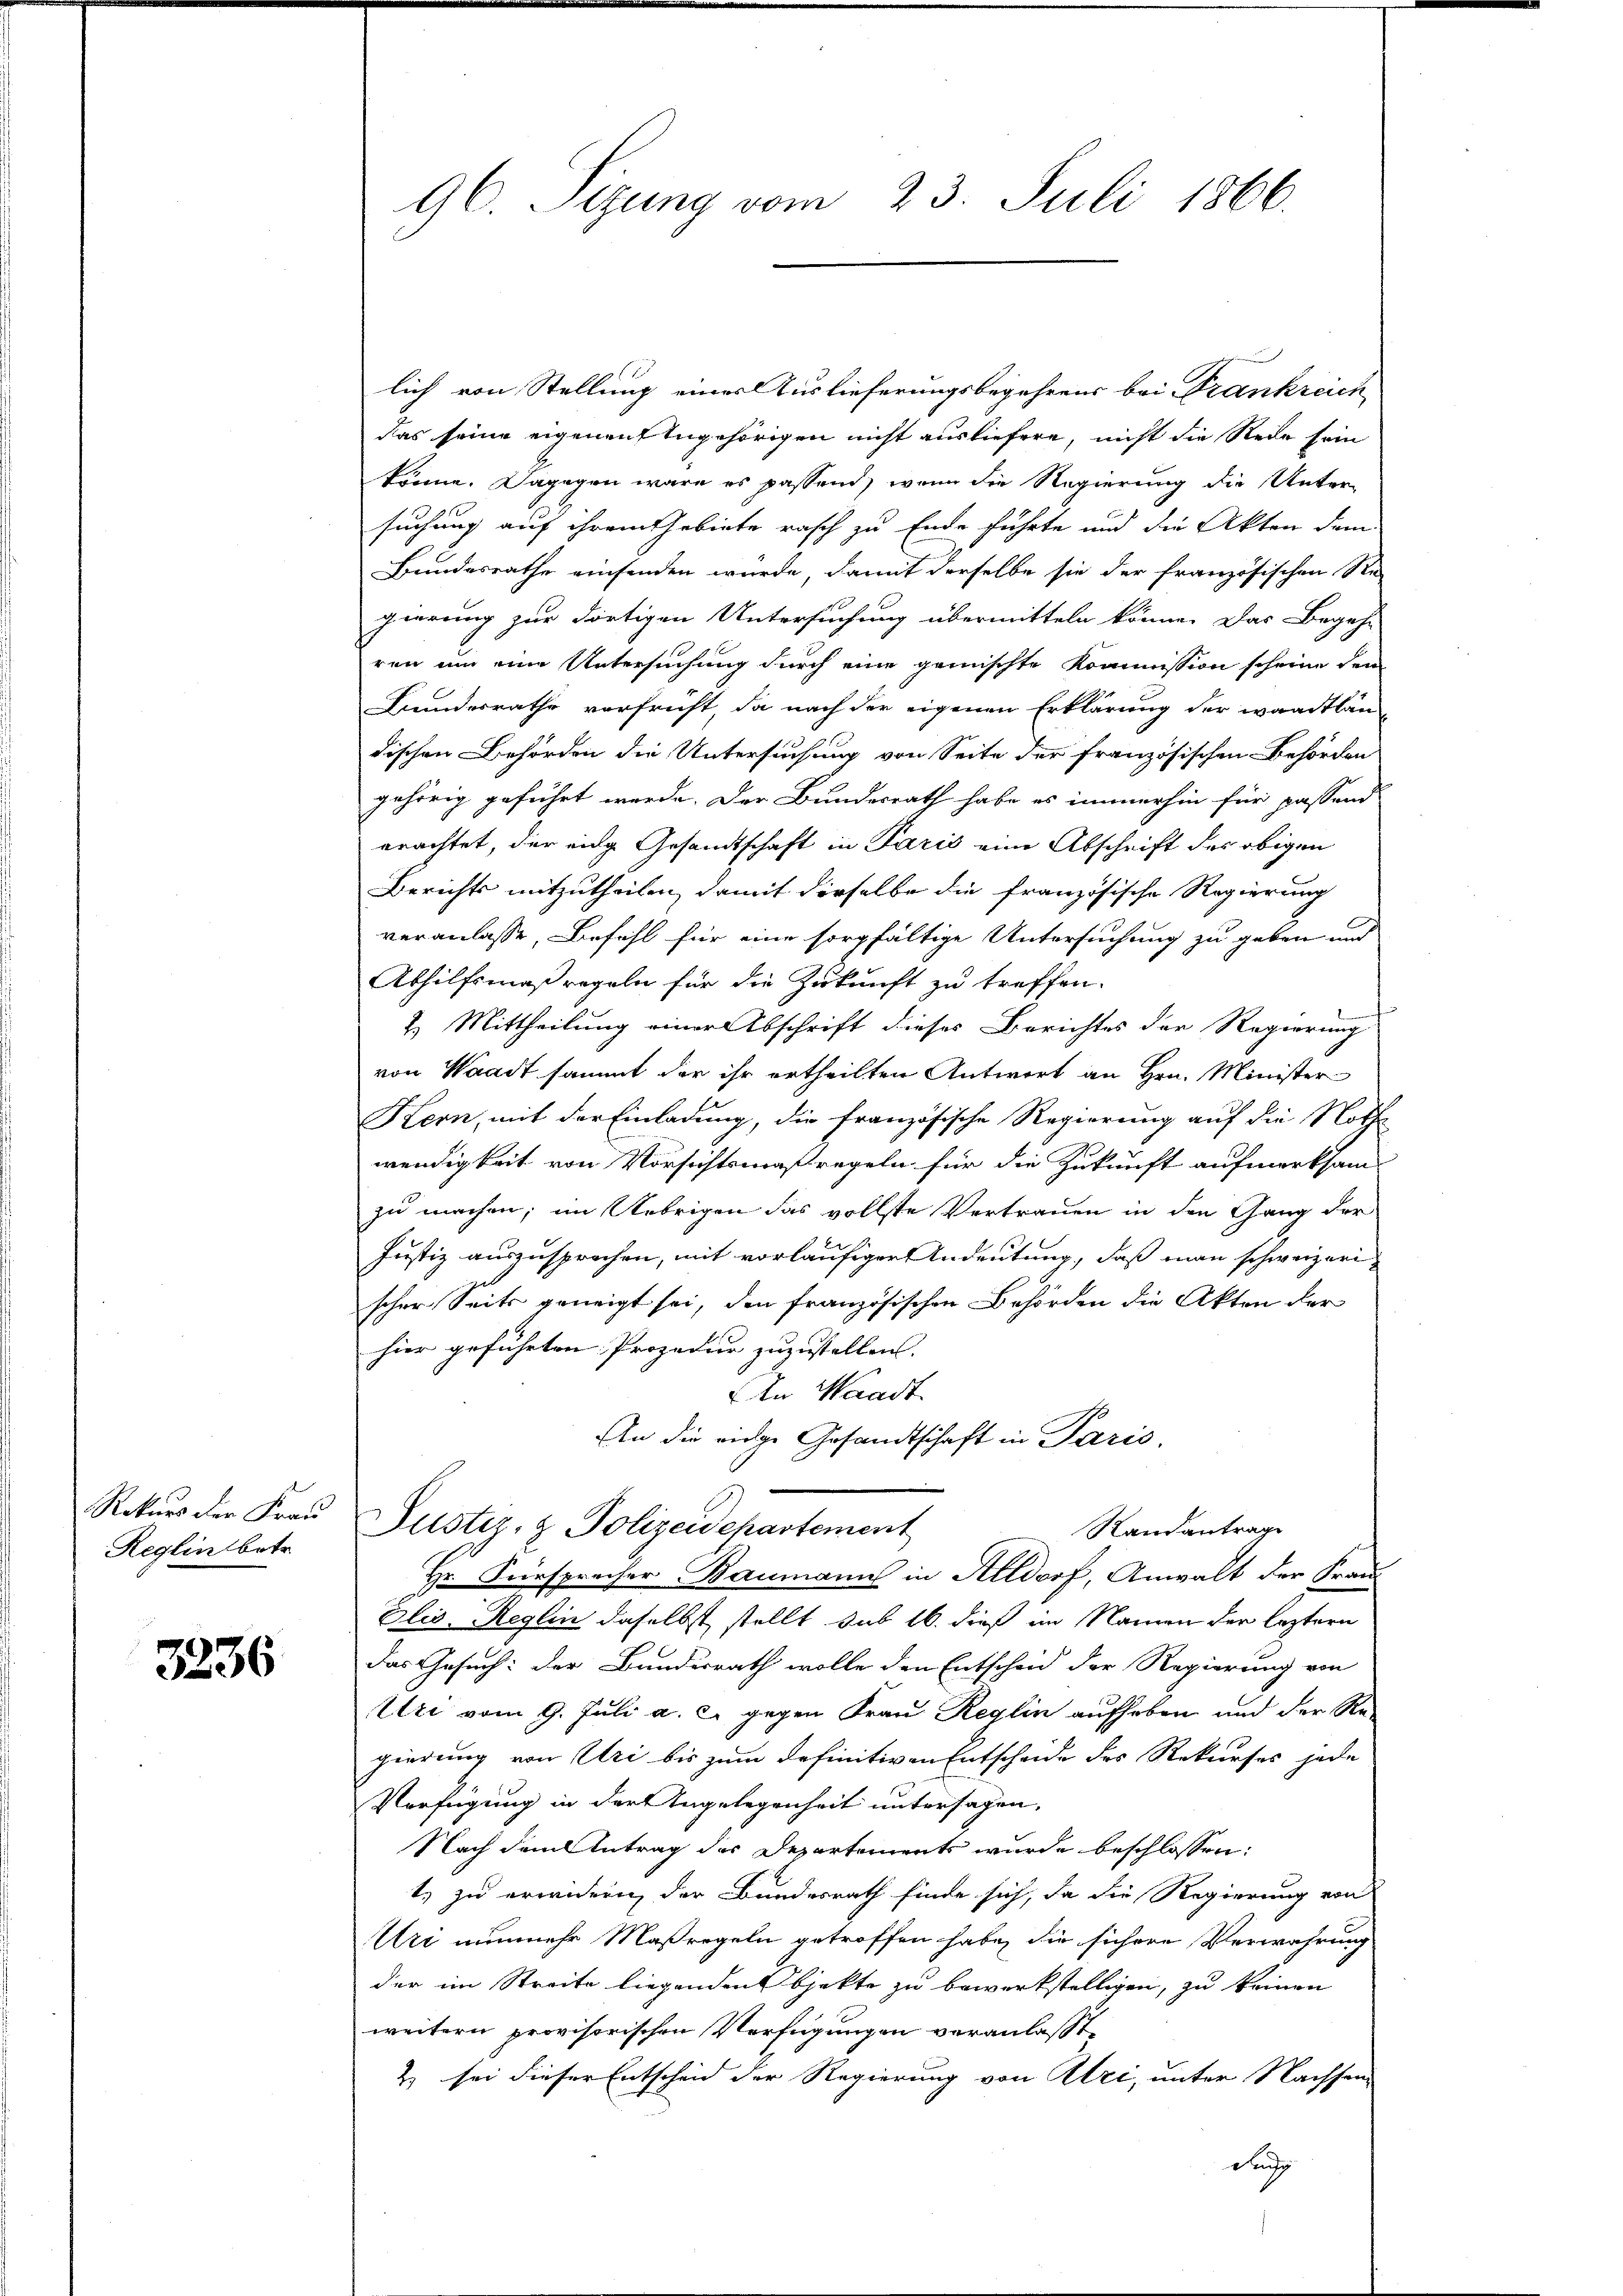
Rekurs der Frau
Reglin betr.

3236

lich von Stellung einer Auslieferungsbegehrens bei Frankreich
das seine eigenen Angehörigen nicht ausliefern, nicht die Rede sein
könne. Dagegen wäre es passend, wenn die Regierung die Untersuchung auf ihrem Gebiete rasch zu Ende führte und die Akten dem
Bundesrathe einsenden wurde, damit derselbe sie der französischen Re-
gierung zur dortigen Untersuchung übermitteln könne. Das Begehr
ren um eine Untersuchung durch eine gemischte Kommission scheine dem
Bundesrathe verfricht, da nach der eigenen Erklärung der waadtlän
dischen Behörden die Untersuchung von Seite der französischen Behörden
gehörig geführt werde. Der Bundesrath habe es immerhin für passend
erachtet, der eige Gesandtschaft in Paris eine Abschrift des obigen
Berichts mitzutheilen, damit derselbe die französische Regierung
veranlasse, Befehl für eine sorgfältige Untersuchung zu geben and
Abhilfsmaßregeln für die Zukunft zu treffen.
2.) Mittheilung einer Abschrift dieses Berichtes der Regierung
von Waadt sammt der ihr ertheilten Antwort an Hrn. Minister
Kern, mit der Einladung, die französische Regierung auf die Noth
wendigkeit von Vorsichtsmaßregeln für die Zukunft aufmerksam
zu machen; im Uebrigen das vollste Vertrauen in den Gang der
Justiz auszusprochen, mit vorläufiger Andeutung, daß man schweizerischer Seits geneigt sei, den französischen Behörden die Akten der
hier geführten Prozedur zuzustellen.
In Waadt.
An die eidge Gesandtschaft in Paris.
Justiz- & Polizeidepartement
Randantrage
Hr. Fürsprecher Baumann in Altdorf, Anwalt der Frau
Elis. Reglin daselbst stellt sub 16. dieß im Namen der leztern
Das Gesuch: der Bundesrath wolle den Entscheid der Regierung von
Uri vom 9. Juli a. c. gegen Frau Reglin aufheben und der Regierung von Uri bis zum definitiven Entscheide des Rekurses jede
Verfügung in der Angelegenheit untersagen.
Nach dem Antrag des Departements wurde beschlossen:
t, zu erwidernn der Bundesrath finde sich, da die Regierung von
Urt nunmehr Maßregeln getroffen habe, die sichere Verwahrung
der im Streite liegenden bjekte zu bewerkstelligen, zu keinen
weitern provisorischen Verfügungen veranlasst,
2) sei dieser Entscheid der Regierung von Uri, unter Nachsen
Rang

96. Sizung vom 23. Juli 1866.